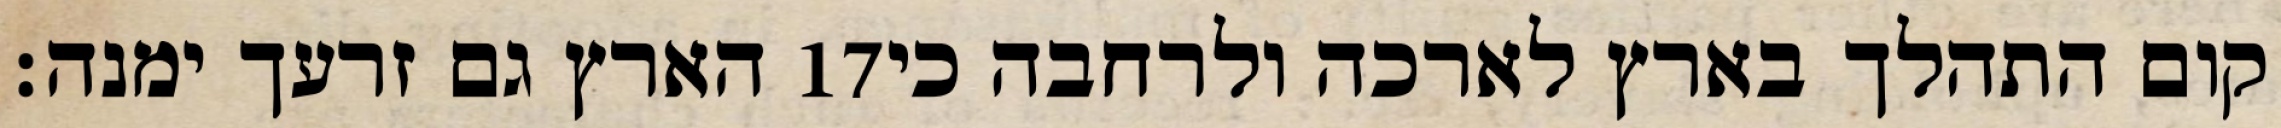
הארץ גם זרעך ימנה׃ ‎17‏ קום התהלך בארץ לארכה ולרחבה כי